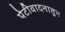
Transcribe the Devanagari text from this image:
पेटीवादनातून